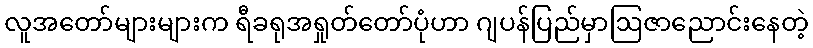
လူအတော်များများက ရီခရုအရှုတ်တော်ပုံဟာ ဂျပန်ပြည်မှာဩဇာညောင်းနေတဲ့